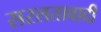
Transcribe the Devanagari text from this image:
सरलतावादी